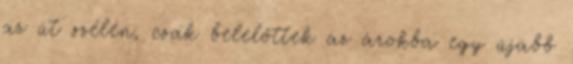
az út szélén, csak belelőttek az árokba egy újabb